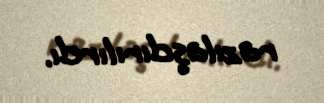
razılaşdırılırdı.